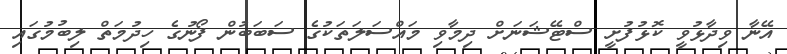
އޭނާ ވިދާޅުވީ ކޮޅުފުށީ ސްޓޭޝަނަށް ދިމާވި މައްސަލަތަކުގެ ސަބަބުން ފޯނުގެ ހިދުމަތް ލިބުމުގައި